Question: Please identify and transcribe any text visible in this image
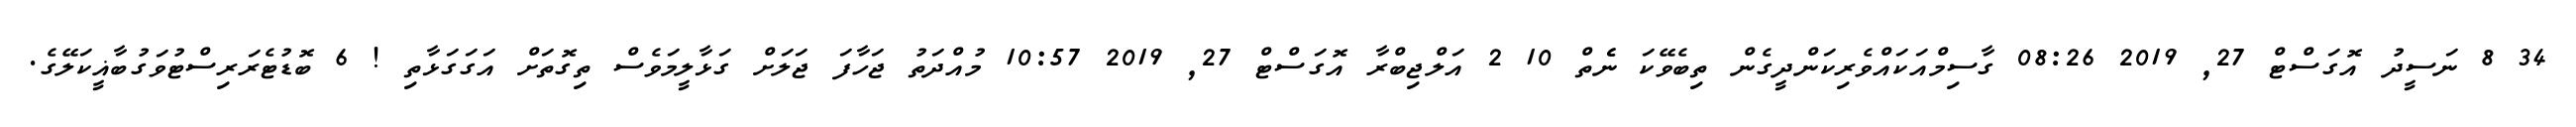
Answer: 34 8 ނަސީދު އޮގަސްޓް 27, 2019 08:26 ގާސިމްއަކައްވެރިކަންދީގެން ތިބެވޭކަ ނެެތް 10 2 އަލްޖިބްރާ އޮގަސްޓް 27, 2019 10:57 މުއްދަތު ޖަހާފަ ޖަލަށް ގަޅާލީމަވެސް ތިގޮތަށް އަގަގަޅާތި ! 6 ބޮޑުޓެރަރިސްޓުވަގުބާޣީކަލޭގެ.